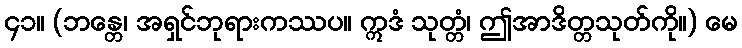
၄၁။ (ဘန္တေ၊ အရှင်ဘုရားကဿပ။ ဣဒံ သုတ္တံ၊ ဤအာဒိတ္တသုတ်ကို။) မေ